Annual report of the Prince of Wales Medical College, Patna
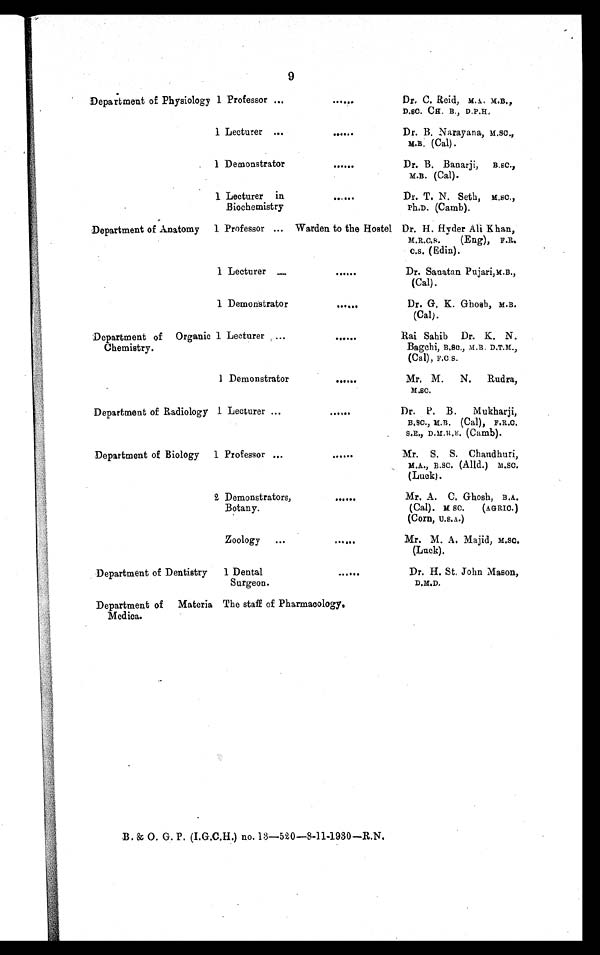
9
Department of Physiology 1 Professor ...
......
Dr. C. Reid, M.A. M.B.,
D.SC. CH. B., D.P.H,
1 Lecturer ...
......
Dr. B. Narayana, M.SC.,
M.B. (Cal).
1 Demonstrator
......
Dr. B. Banarji, B.SC.,
M.B. (Cal).
1 Lecturer in
Biochemistry
. . . . . .
Dr. T. N. Seth,
M.SC.,
Ph.D. (Camb).
Department of Anatomy 1 Professor ... Warden to the Hostel Dr. H. Hyder Ali Khan,
M.R.C.S.
(Eng), F.R.
C.S. (Edin).
1 Lecturer .....
......
Dr. Sanatan Pujari,M.B.,
(Cal).
1 Demonstrator
......
Dr. G. K. Ghosh, M.B.
(Cal).
Department of Organic
Chemistry.
1 Lecturer
......
Rai Sahib Dr. K. N.
Bagchi, B.SC., M.B. D.T.M.,
(Cal), F.C.S.
1 Demonstrator
. . . . . .
Mr, M. N. Rudra,
M.SC.
Department of Radiology 1 Lecturer ...
......
Dr. P. B. Mukharji,
B.SC., M.B. (Cal), F.R.C.
S.E., D.M.R.E. (Camb).
Department of Biology 1 Professor ...
......
Mr. S. S. Chaudhuri,
M.A., B.SC. (Alld.) M.SC.
(Luck).
2 Demonstrators,
Botany.
......
Mr. A. C. Ghosh, B.A.
(Cal). M.SC.
(AGRIC.)
(Corn, U.S.A.)
Zoology ...
......
Mr. M. A. Majid, M.SC.
(Luck).
Department of Dentistry
1 Dental
Surgeon.
......
Dr. H. St. John Mason,
D.M.D.
Department of Materia
Medica.
The staff of Pharmacology.
B. & O. G. P. (I.G.C.H.) no. 13—520—8–11–1930—R.N.